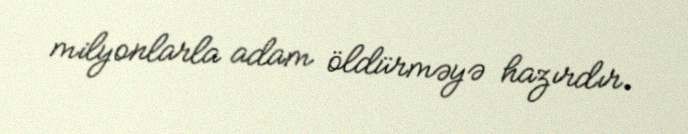
milyonlarla adam öldürməyə hazırdır.